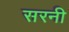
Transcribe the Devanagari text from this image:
सरनी